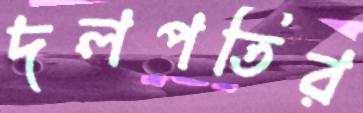
দলপতির